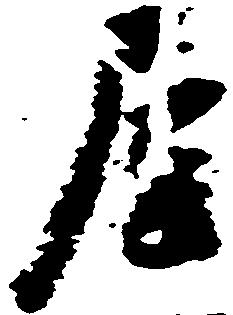
屋